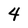
Character: 4